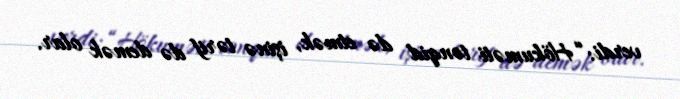
verdi: “Hökuməti tənqid də etmək, işinə tərif də demək olar.